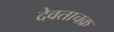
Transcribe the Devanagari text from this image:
देवताचक्र